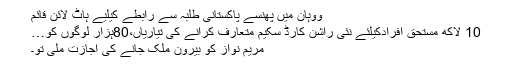
ووہان میں پھنسے پاکستانی طلبہ سے رابطے کیلیے ہاٹ لائن قائم
10 لاکھ مستحق افرادکیلئے نئی راشن کارڈ سکیم متعارف کرانے کی تیاریاں،80ہزار لوگوں کو…
مریم نواز کو بیرون ملک جانے کی اجازت ملی تو۔